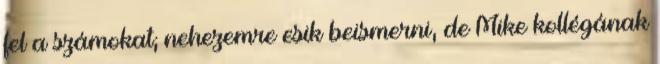
fel a számokat; nehezemre esik beismerni, de Mike kollégának